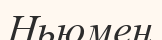
Ньюмен